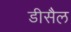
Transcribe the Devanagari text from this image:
डीसैल